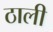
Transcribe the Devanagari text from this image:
ठाली